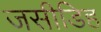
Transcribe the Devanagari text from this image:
जसीडिह